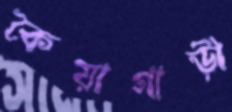
কৈয়াগাড়ী